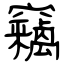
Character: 竊